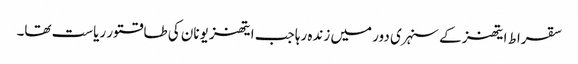
سقراط ایتھنز کے سنہری دور میں زندہ رہا جب ایتھنز یونان کی طاقتور ریاست تھا۔